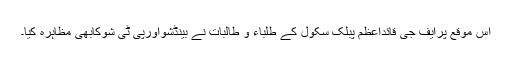
اس موقع پرایف جی قائداعظم پبلک سکول کے طلباء و طالبات نے بینڈشواورپی ٹی شوکابھی مظاہرہ کیا۔